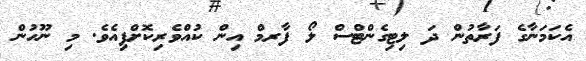
އެކަމަނާގެ ފަރާތުން ދަ ލިޓިގެންޓްސް ލޯ ފާރމް އިން ކުއްވެރިކޮށްފިއެވެ. މި ނޫހުން